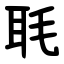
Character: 毦